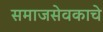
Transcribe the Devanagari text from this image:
समाजसेवकाचे